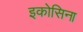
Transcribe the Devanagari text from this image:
इकोसिना